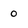
Character: 0